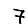
Digit: 7